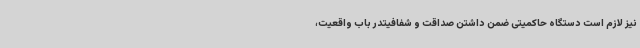
نیز لازم است دستگاه حاکمیتی ضمن داشتن صداقت و شفافیتدر باب واقعیت،